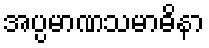
အပ္ပမာဏသမာဓိနာ